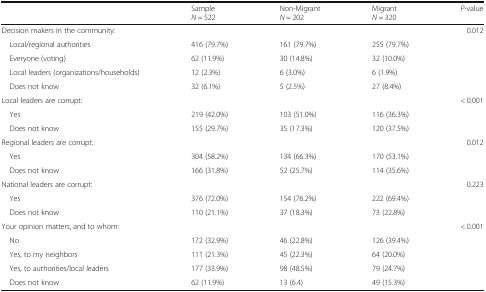
|  | SampleN = 522 | Non-MigrantN = 202 | MigrantN = 320 | P-value |
 | --- | --- | --- | --- | --- |
 | <COLSPAN=4> Decision makers in the community: | 0.012 |
 | Local/regional authorities | 416 (79.7%) | 161 (79.7%) | 255 (79.7%) |  |
 | Everyone (voting) | 62 (11.9%) | 30 (14.8%) | 32 (10.0%) |  |
 | Local leaders (organizations/households) | 12 (2.3%) | 6 (3.0%) | 6 (1.9%) |  |
 | Does not know | 32 (6.1%) | 5 (2.5%) | 27 (8.4%) |  |
 | <COLSPAN=4> Local leaders are corrupt: | < 0.001 |
 | Yes | 219 (42.0%) | 103 (51.0%) | 116 (36.3%) |  |
 | Does not know | 155 (29.7%) | 35 (17.3%) | 120 (37.5%) |  |
 | <COLSPAN=4> Regional leaders are corrupt: | 0.012 |
 | Yes | 304 (58.2%) | 134 (66.3%) | 170 (53.1%) |  |
 | Does not know | 166 (31.8%) | 52 (25.7%) | 114 (35.6%) |  |
 | <COLSPAN=4> National leaders are corrupt: | 0.223 |
 | Yes | 376 (72.0%) | 154 (76.2%) | 222 (69.4%) |  |
 | Does not know | 110 (21.1%) | 37 (18.3%) | 73 (22.8%) |  |
 | <COLSPAN=4> Your opinion matters, and to whom: | < 0.001 |
 | No | 172 (32.9%) | 46 (22.8%) | 126 (39.4%) |  |
 | Yes, to my neighbors | 111 (21.3%) | 45 (22.3%) | 64 (20.0%) |  |
 | Yes, to authorities/local leaders | 177 (33.9%) | 98 (48.5%) | 79 (24.7%) |  |
 | Does not know | 62 (11.9%) | 13 (6.4) | 49 (15.3%) |  |